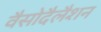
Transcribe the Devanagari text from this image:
वैसोदैलैशन